NAE_ERA_R-2324_Eesti_Vabariigi_Pohiseaduslik_Assamblee, lk 117
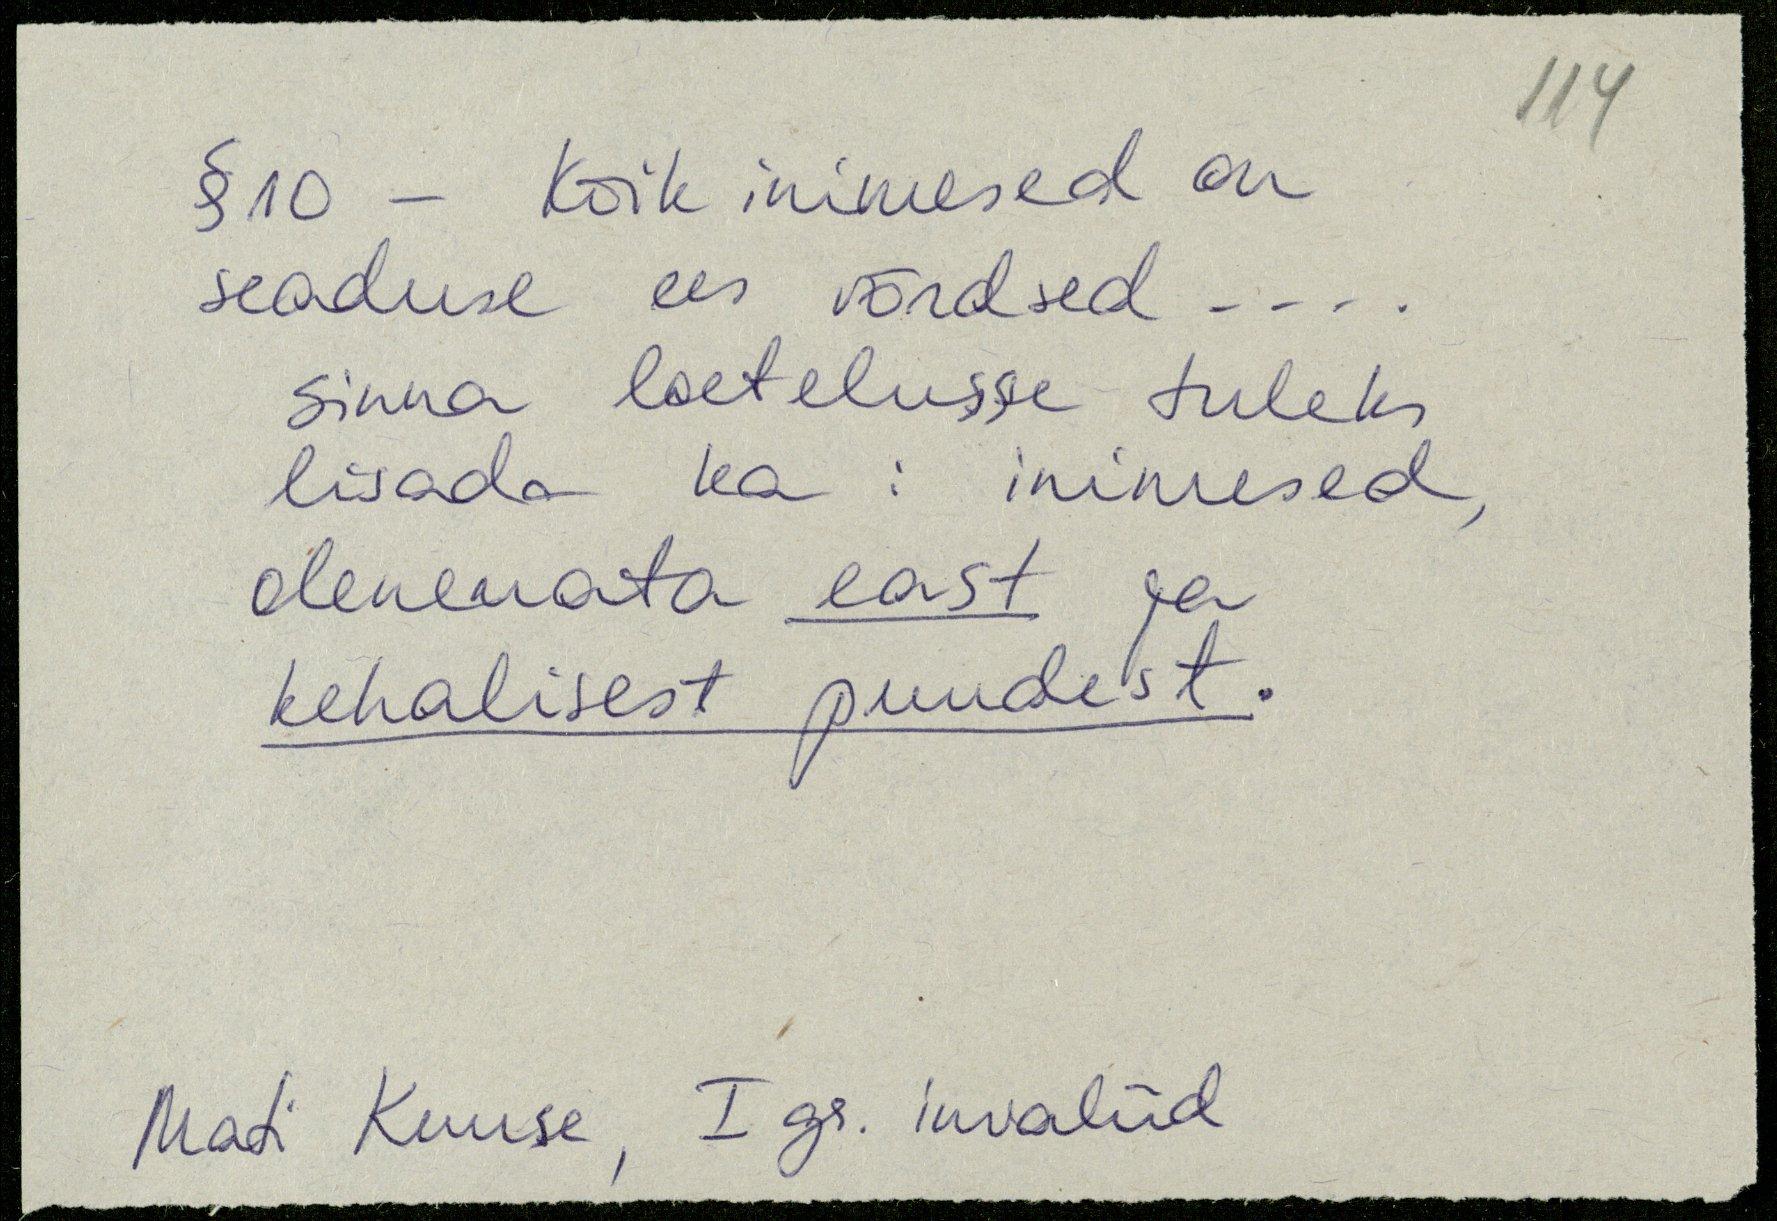
§ 10 - Kõik inimesed on
seaduse ees võrdsed ....
sinna loetelusse tuleks
lisada ka: inimesed
olenemata east ja
kehalisest puudest.
Mati Kuuse, I gr. invaliid